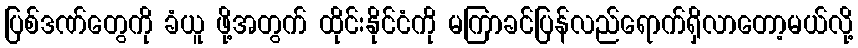
ပြစ်ဒဏ်တွေကို ခံယူ ဖို့အတွက် ထိုင်းနိုင်ငံကို မကြာခင်ပြန်လည်ရောက်ရှိလာတော့မယ်လို့